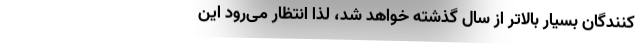
کنندگان بسیار بالاتر از سال گذشته خواهد شد، لذا انتظار می‌رود این